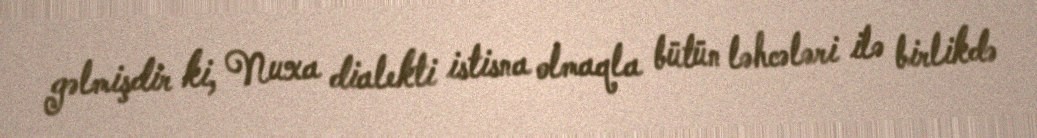
gəlmişdir ki, Nuxa dialekti istisna olmaqla bütün ləhcələri ilə birlikdə